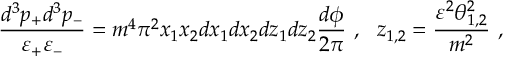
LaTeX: \frac { d ^ { 3 } p _ { + } d ^ { 3 } p _ { - } } { \varepsilon _ { + } \varepsilon _ { - } } = m ^ { 4 } \pi ^ { 2 } x _ { 1 } x _ { 2 } d x _ { 1 } d x _ { 2 } d z _ { 1 } d z _ { 2 } \frac { d \phi } { 2 \pi } \ , \ \ z _ { 1 , 2 } = \frac { \varepsilon ^ { 2 } \theta _ { 1 , 2 } ^ { 2 } } { m ^ { 2 } } \ ,